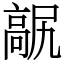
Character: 髛